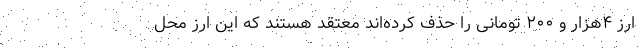
ارز ۴هزار و ۲۰۰ تومانی را حذف کرده‌اند معتقد هستند که این ارز محل